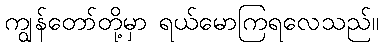
ကျွန်တော်တို့မှာ ရယ်မောကြရလေသည်။